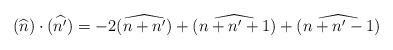
LaTeX: \begin{align*}(\widehat{n})\cdot(\widehat{n'})=-2(\widehat{n+n'})+(\widehat{n+n'+1})+(\widehat{n+n'-1})\end{align*}